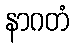
နာဂတံ